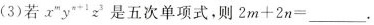
(3)若x^{2} y^{m+1} z^{3}是五次单项式，则$$2 m + 2 n = ___$$。